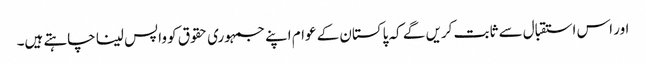
اور اس استقبال سے ثابت کریں گے کہ پاکستان کے عوام اپنے جمہوری حقوق کو واپس لینا چاہتے ہیں۔